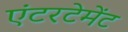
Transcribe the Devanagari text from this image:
एंटरटेमेंट